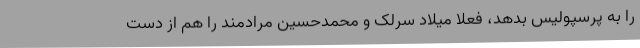
را به پرسپولیس بدهد، فعلا میلاد سرلک و محمدحسین مرادمند را هم از دست